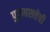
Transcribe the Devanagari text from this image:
पुरुषसत्तेची